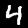
Digit: 4